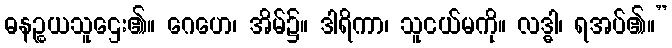
ဓနဉ္စယသူဌေး၏။ ဂေဟေ၊ အိမ်၌။ ဒါရိကာ၊ သူငယ်မကို။ လဒ္ဓါ၊ ရအပ်၏။”